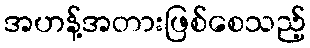
အဟန့်အတားဖြစ်စေသည့်